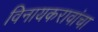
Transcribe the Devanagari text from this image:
विनायकरावांचा